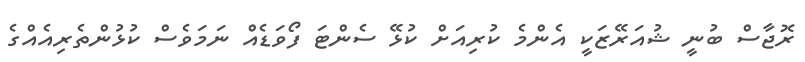
ރޮޖާސް ބުނީ ޝުއަރޭޒަކީ އެންމެ ކުރިއަށް ކުޅޭ ސެންޓަ ފޯވަޑެއް ނަމަވެސް ކުޅުންތެރިއެއްގެ